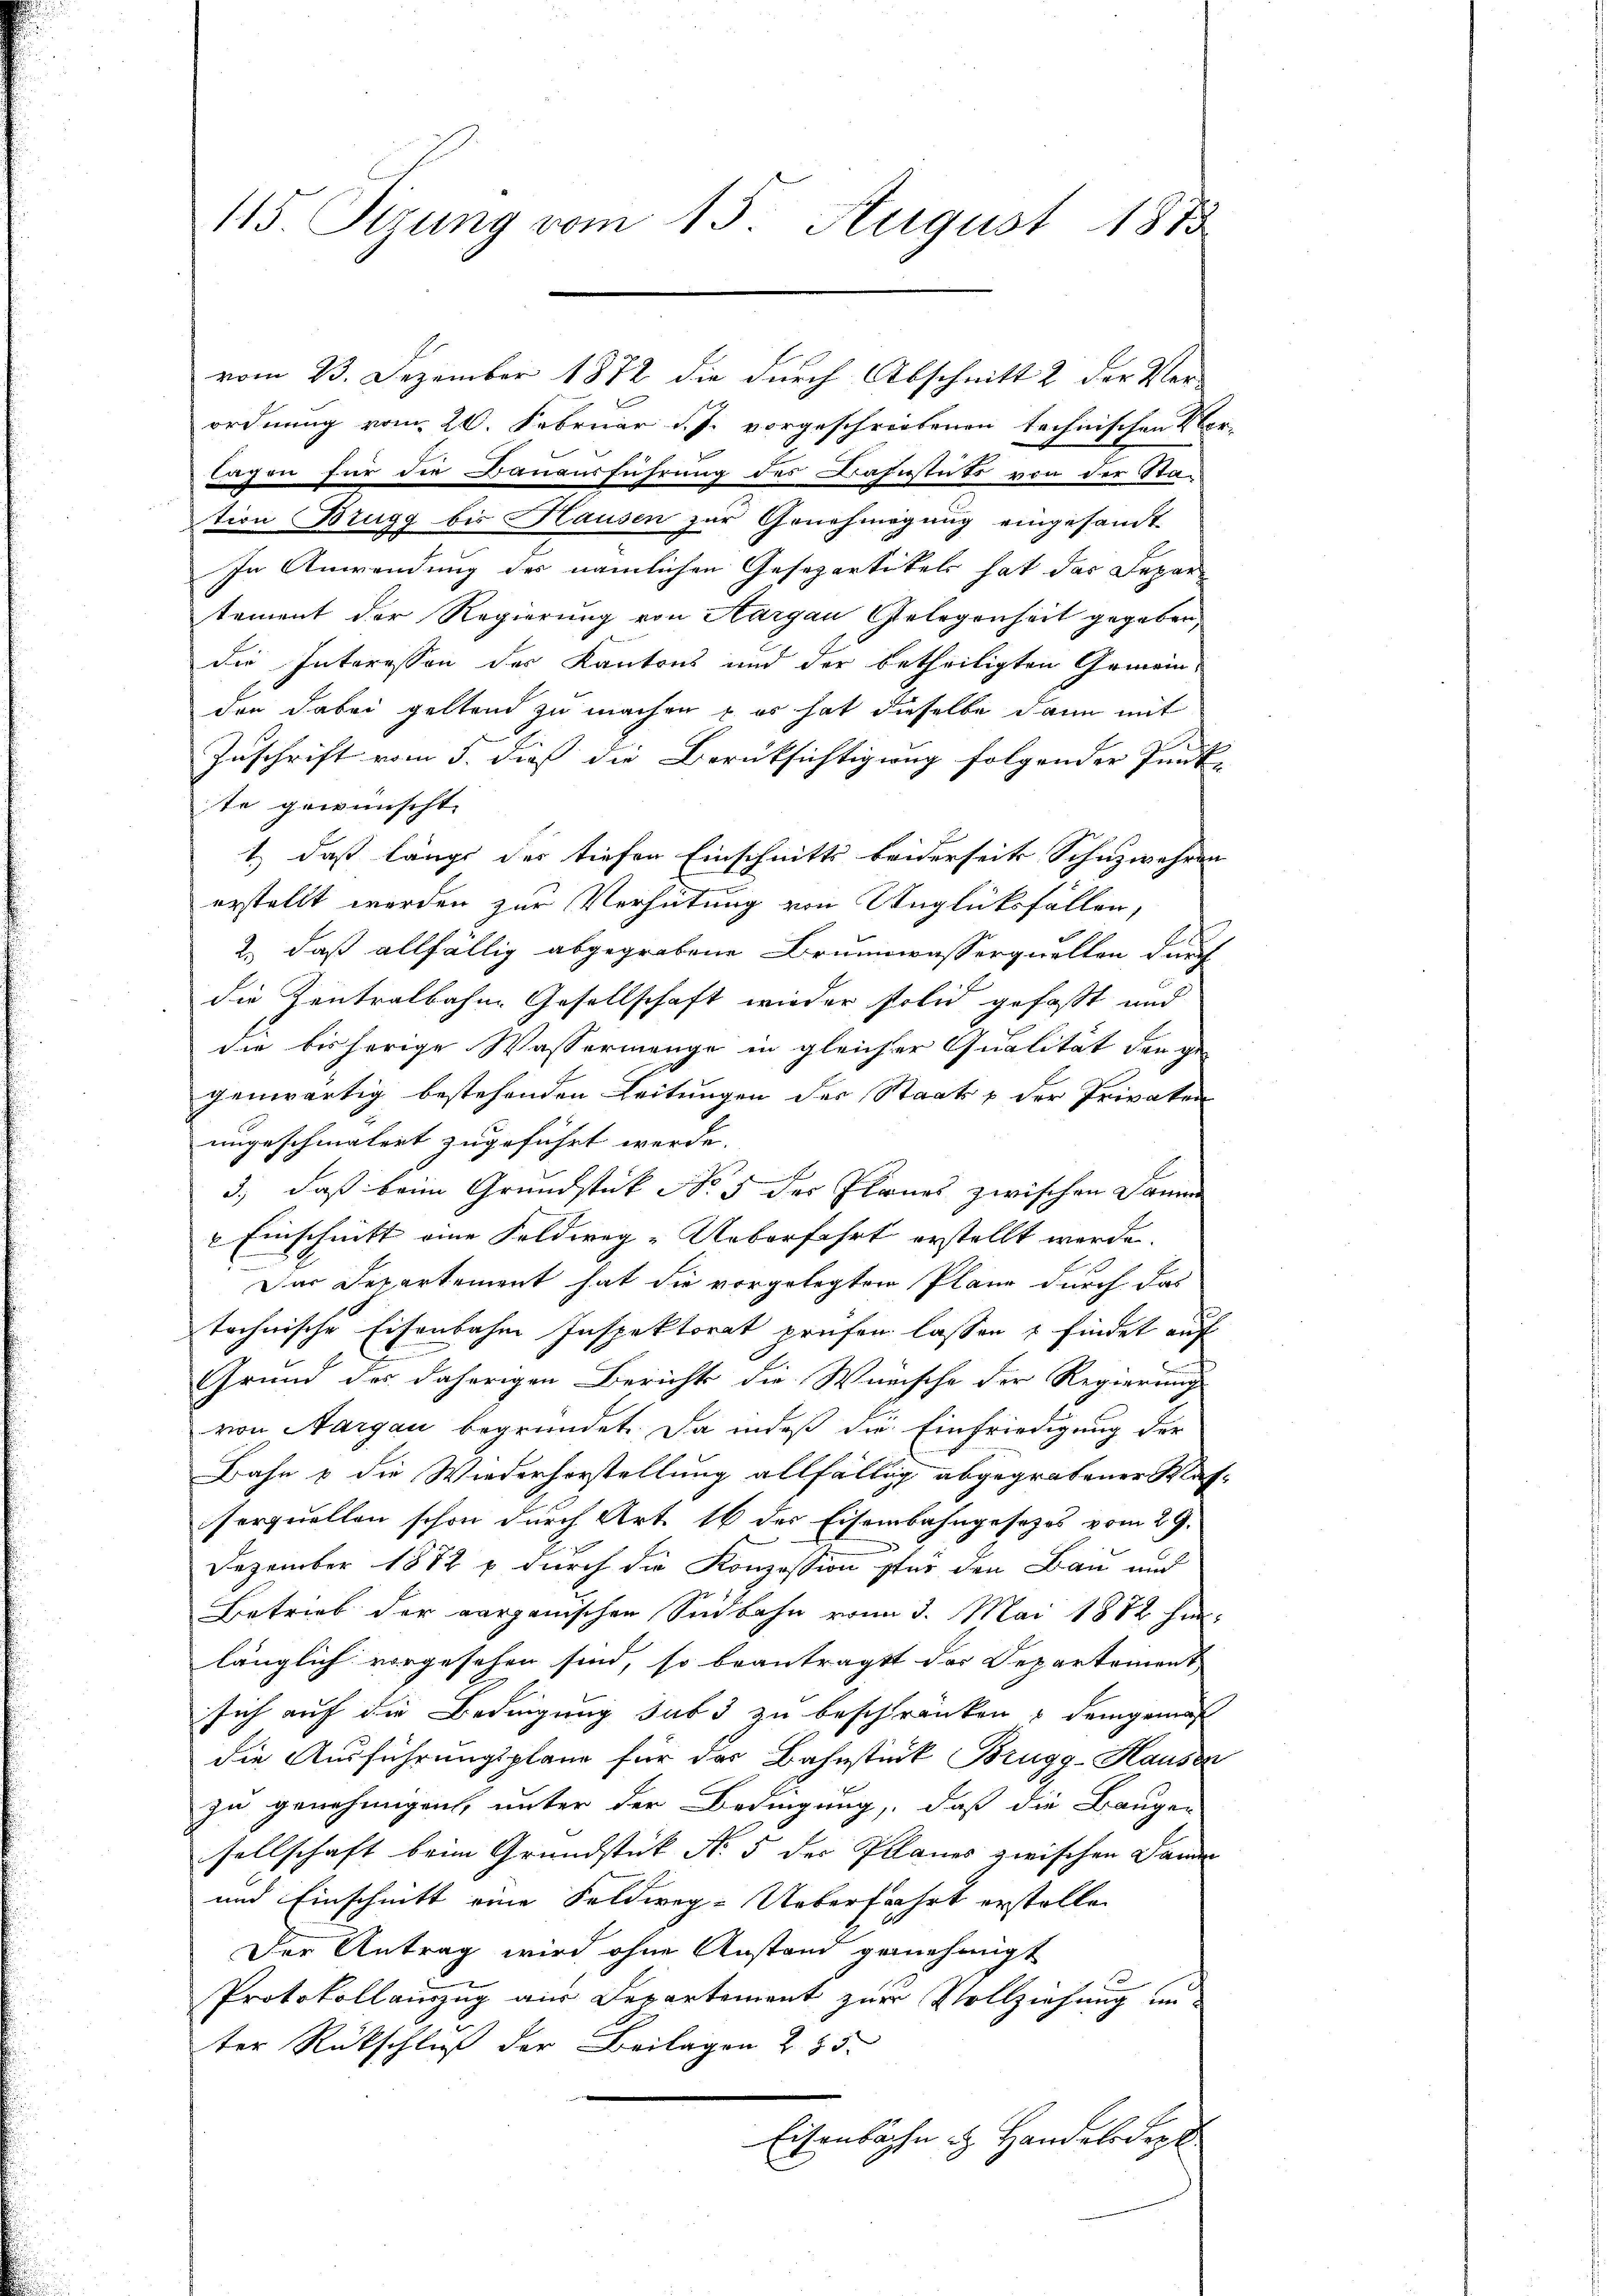
115. Sizung vom 15. August 1873

ordnung vom 20. Februar d. J. vorgeschriebenen technischen Klo
lapon für die Bauensführung des Bahnstuts von der Sta-
tion Brugg bis Hausen zur Genehmigung eingesandt
In Anwendung des nämlichen Gesepartikels hat das Depar
tement der Regierung von Aargau, Gelegenheit gegeben,
die Interessen der Kantons und der betheiligten Gemein-
den dabei geltend zu machen u. es hat dieselbe dann mit
Zuschrift vom 5. dieß die Berücksichtigung folgender Punk-
te gewünscht.
1.) daß längs der tiefen Einschnitts beiderseits Schuzwehren
erstellt werden zur Verhütung von Unglücksfällen,
2., daß allfällig abgegrabene Brunnwasserquellen durch
die Zentralbahne Gesellschaft wieder solid gefaßt und
die bisherige Wassermenge in gleicher Qualität der ge-
genwärtig bestehenden Leitungen der Staats & der Privaten
ungeschmälert zugeführt werde.
3., daß beim Grundstück No 5 der Planes zwischen Damme
 Einschnitt eine Feldweg-Ueberfahrt erstellt werde.
Der Departement hat die vorgelegten Plane durch das
technische Eisenbahne Inspektorat prüfen lassen & findet auf
Grund des daherigen Berichts die Wünsche der Regierung
von Aargau begründet. Da indeß die Einfriedigung der
Bahn & die Wiederhorstellung allfällig abgegrabener Klasserquellen schon durch Art. 16 der Eisenbahngesezes vom 29.
Dezember 1882 & durch die Konzession für den Bau und
Betrieb der aarganischen Südbahn vom 3. Mai 1882 hinlänglich vorgesehen sind, so beantragt das Departement
sich auf die Bedingung sub 3 zu beschränken u demgemac
die Ausführungsplane für das Bahnstück Brugg-Hauser
zu genehmigen, unter der Bedingung, daß die Bauge-
sellschaft beim Grundstück No 5 der Planes zwischen Samm
und Einschnitt eine Feldweg-Ueberfahrt erstelle
Der Antrag wird ohne Anstand genehmigt
Protokollauszug aus Departement zur Vollziehung unter Rückschluß der Beilagen 285
Eisenbache u. Handelsdep

vom 23. Dezember 1872 die durch Abschnitt 2 der Ver-

k
t
E